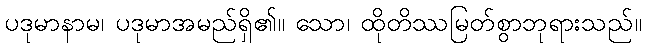
ပဒုမာနာမ၊ ပဒုမာအမည်ရှိ၏။ သော၊ ထိုတိဿမြတ်စွာဘုရားသည်။